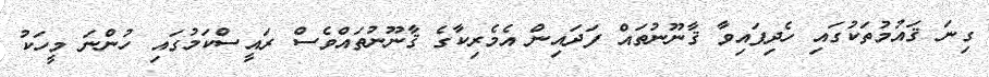
ގިނަ ޤައުމުތަކުގައި ހެދިފައިވާ ޤާނޫނުތައް ފަދައިން އެމެރިކާގެ ޤާނޫނުތައްވެސް ރައީސްކަމުގައި ހުންނަ މީހަކު